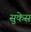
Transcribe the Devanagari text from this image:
सुकेस